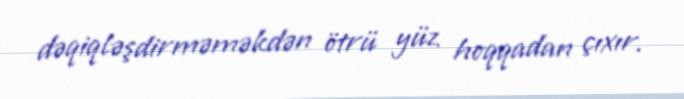
dəqiqləşdirməməkdən ötrü yüz hoqqadan çıxır.